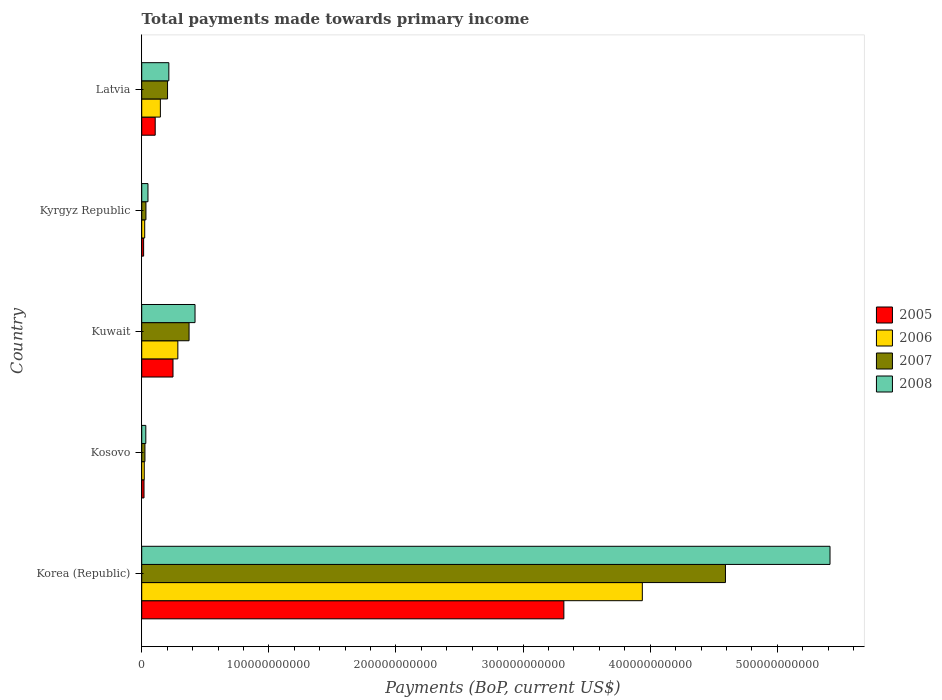
| Country | 2005 | 2006 | 2007 | 2008 |
 | --- | --- | --- | --- | --- |
 | Korea (Republic) | 3.32e+11 | 3.94e+11 | 4.59e+11 | 5.41e+11 |
 | Kosovo | 1.8e+09 | 1.99e+09 | 2.53e+09 | 3.22e+09 |
 | Kuwait | 2.46e+10 | 2.84e+10 | 3.72e+10 | 4.19e+10 |
 | Kyrgyz Republic | 1.5e+09 | 2.34e+09 | 3.31e+09 | 4.91e+09 |
 | Latvia | 1.06e+10 | 1.47e+10 | 2.03e+10 | 2.13e+10 |